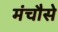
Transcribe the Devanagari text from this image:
मंचौसे